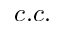
c . c .